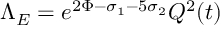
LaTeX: \Lambda _ { E } = e ^ { 2 \Phi - \sigma _ { 1 } - 5 \sigma _ { 2 } } Q ^ { 2 } ( t )